Civil Veterinary Dept. Bombay admin report 1900-1906 - 1900-1906
Year: 1900
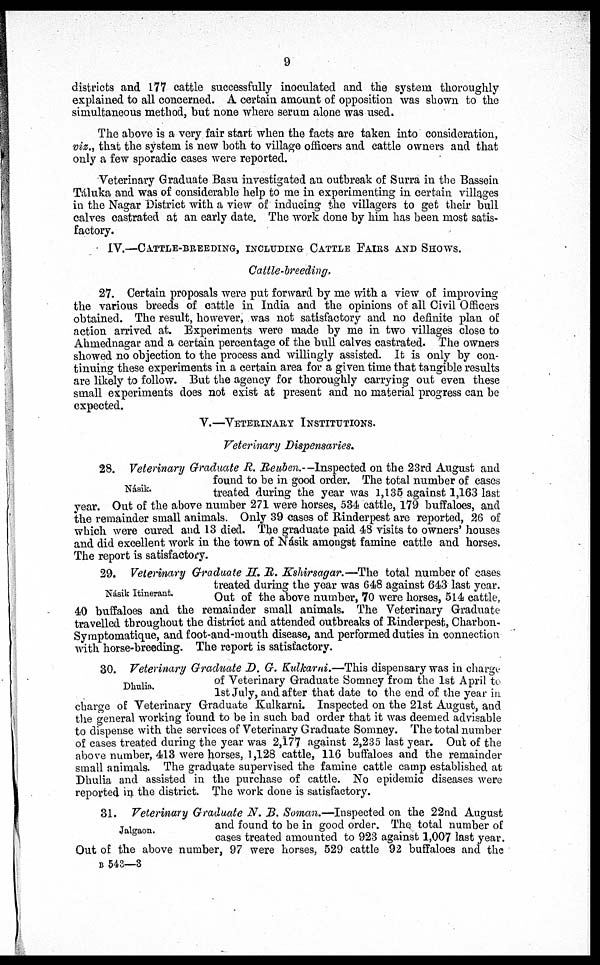
9
districts and 177 cattle successfully inoculated and the system thoroughly
explained to all concerned. A certain amount of opposition was shown to the
simultaneous method, but none where serum alone was used.
The above is a very fair start when the facts are taken into consideration,
viz., that the system is new both to village officers and cattle owners and that
only a few sporadic cases were reported.
Veterinary Graduate Basu investigated an outbreak of Surra in the Bassein
Táluka and was of considerable help to me in experimenting in certain villages
in the Nagar District with a view of inducing the villagers to get their bull
calves castrated at an early date. The work done by him has been most satis-
factory.
IV.—CATTLE-BREEDING, INCLUDING CATTLE FAIRS AND SHOWS.
Cattle-breeding,
27. Certain proposals were put forward by me with a view of improving
the various breeds of cattle in India and the opinions of all Civil Officers
obtained. The result, however, was not satisfactory and no definite plan of
action arrived at. Experiments were made by me in two villages close to
Ahmednagar and a certain percentage of the bull calves castrated. The owners
showed no objection to the process and willingly assisted. It is only by con-
tinuing these experiments in a certain area for a given time that tangible results
are likely to follow. But the agency for thoroughly carrying out even these
small experiments does not exist at present and no material progress can be
expected.
V.—VETERINARY INSTITUTIONS.
Veterinary Dispensaries.
Násik.
28. Veterinary Graduate R. Reuben.—Inspected on the 23rd August and
found to be in good order. The total number of cases
treated during the year was 1,135 against 1,163 last
year. Out of the above number 271 were horses, 534 cattle, 179 buffaloes, and
the remainder small animals. Only 39 cases of Rinderpest are reported, 26 of
which were cured and 13 died. The graduate paid 48 visits to owners' houses
and did excellent work in the town of Násik amongst famine cattle and horses.
The report is satisfactory.
Násik Itinerant.
29. Veterinary Graduate H. R. Kshirsagar.—The total number of cases
treated during the year was 648 against 643 last year.
Out of the above number, 70 were horses, 514 cattle,
40 buffaloes and the remainder small animals. The Veterinary Graduate
travelled throughout the district and attended outbreaks of Rinderpest, Charbon-
Symptomatique, and foot-and-mouth disease, and performed duties in connection
with horse-breeding. The report is satisfactory.
Dhulia.
30. Veterinary Graduate D. G. Kulkarni.—This dispensary was in charge
of Veterinary Graduate Somney from the 1st April to
1st July, and after that date to the end of the year in
charge of Veterinary Graduate Kulkarni. Inspected on the 21st August, and
the general working found to be in such bad order that it was deemed advisable
to dispense with the services of Veterinary Graduate Somney. The total number
of cases treated during the year was 2,177 against 2,235 last year. Out of the
above number, 413 were horses, 1,128 cattle, 116 buffaloes and the remainder
small animals. The graduate supervised the famine cattle camp established at
Dhulia and assisted in the purchase of cattle. No epidemic diseases were
reported in the district. The work done is satisfactory.
Jalgaon.
31. Veterinary Graduate N. B. Soman.—Inspected on the 22nd August
and found to be in good order. The total number of
cases treated amounted to 923 against 1,007 last year.
Out of the above number, 97 were horses, 529 cattle 92 buffaloes and the
B 543—3